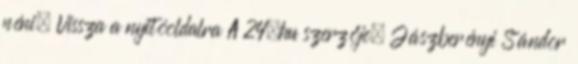
néni. Vissza a nyitóoldalra A 24.hu szerzője, Jászberényi Sándor